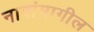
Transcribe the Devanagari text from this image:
नावांमागील